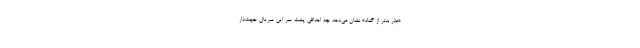
«عذر بدتر از گناه» نشان می‌دهد چه اهدافی پشت سر این سریال جهت‌دار